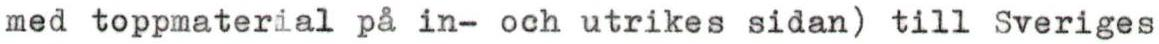
med toppmaterial på in- och utrikes sidan) till Sveriges